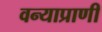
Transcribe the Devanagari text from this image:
वन्याप्राणी